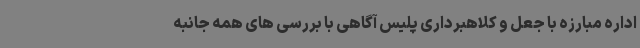
اداره مبارزه با جعل و کلاهبرداری پلیس آگاهی با بررسی های همه جانبه